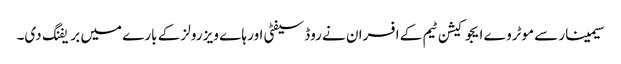
سیمینار سے موٹروے ایجوکیشن ٹیم کے افسران نے روڈ سیفٹی اور ہا ے ویز رولز کے بارے میں بریفنگ دی۔